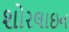
શોરલાઇન